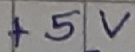
Text: +5V